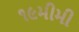
૧૯મીમી